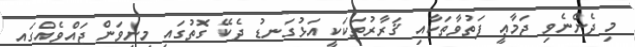
މި ދެންނެވި ޖަމާޢީ ފަތުވާތަކާއި ޤަރާރުތަކަކީ އަޅުގަނޑު ދެކޭ ގޮތުގައި މިނިވަން ޖައްވެއްގައި